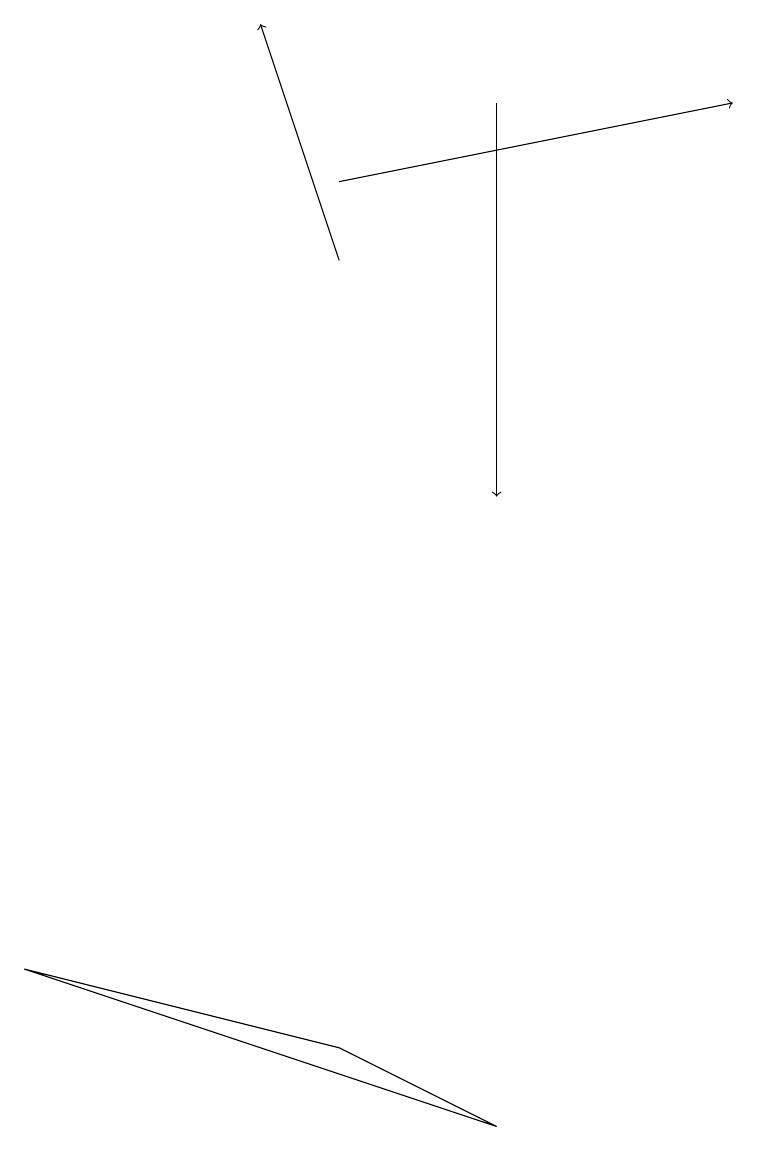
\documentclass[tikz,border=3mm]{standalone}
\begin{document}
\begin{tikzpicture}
\draw[->] (4,17) -- (9,18);
\draw[->] (4,16) -- (3,19);
\draw (0,7) -- (4,6) -- (6,5) -- cycle;
\draw[->] (6,18) -- (6,13);
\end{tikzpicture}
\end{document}